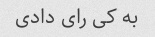
به کی رای دادی